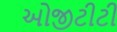
ઓજીટીટી